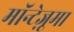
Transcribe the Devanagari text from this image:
मॉन्टेज़ूमा